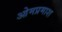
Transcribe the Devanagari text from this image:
ओमप्रमाश